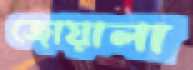
জোয়ালা